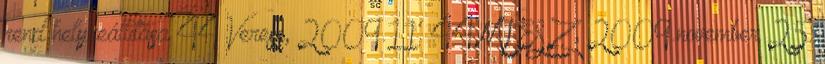
rend helyreállítása 44 Veress, 2009.11. 44 MTESZ, 2009.november 25.